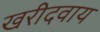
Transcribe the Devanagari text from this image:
खरीदवाय